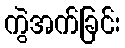
ကွဲအက်ခြင်း